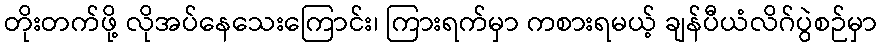
တိုးတက်ဖို့ လိုအပ်နေသေးကြောင်း၊ ကြားရက်မှာ ကစားရမယ့် ချန်ပီယံလိဂ်ပွဲစဉ်မှာ